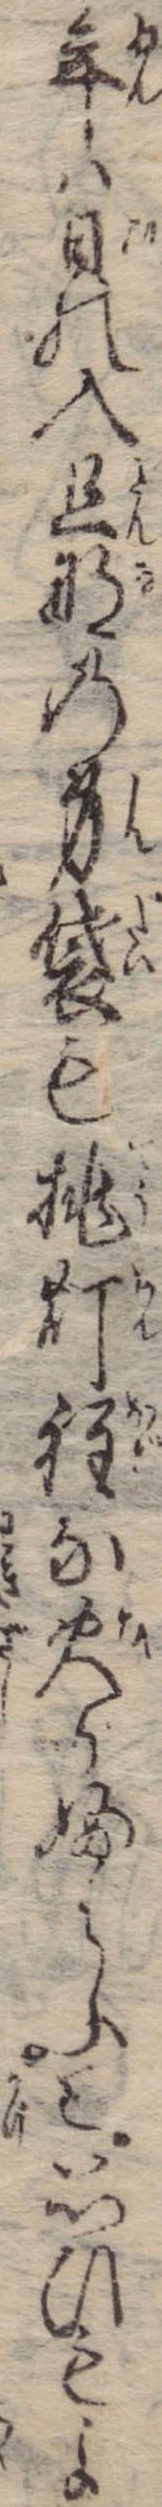
年は日の入旦那の身袋も挑灯程な火かふらふと思ひもよ